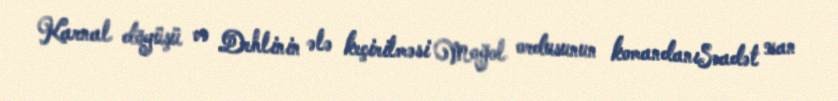
Karnal döyüşü və Dehlinin ələ keçirilməsi Moğol ordusunun komandanıSəadət xan